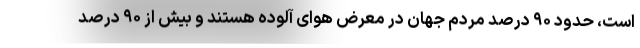
است، حدود ۹۰ درصد مردم جهان در معرض هوای آلوده هستند و بیش از ۹۰ درصد